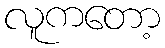
လူကတော့